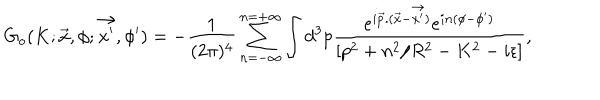
G _ { o } ( K ; \vec { x } , \phi ; \vec { x ^ { \prime } } , \phi ^ { \prime } ) = - \frac { 1 } { ( 2 \pi ) ^ { 4 } } \sum _ { n = - \infty } ^ { n = + \infty } \int d ^ { 3 } p \frac { e ^ { i \vec { p } . ( \vec { x } - \vec { x ^ { \prime } } ) } e ^ { i n ( \phi - \phi ^ { \prime } ) } } { [ p ^ { 2 } + n ^ { 2 } / R ^ { 2 } - K ^ { 2 } - i \epsilon ] } ,